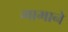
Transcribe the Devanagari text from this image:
मामाने